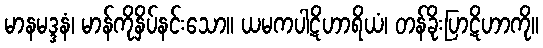
မာနမဒ္ဒနံ၊ မာန်ကိုနှိပ်နင်းသော။ ယမကပါဋိဟာရိယံ၊ တန်ခိုးပြာဋိဟာကို။